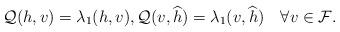
LaTeX: \begin{align*}\mathcal{Q}(h,v)=\lambda_{1}(h,v),\mathcal{Q}(v,\widehat{h})=\lambda_{1}(v,\widehat{h})\quad\forall v\in\mathcal{F}.\end{align*}